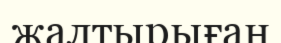
жалтырыған